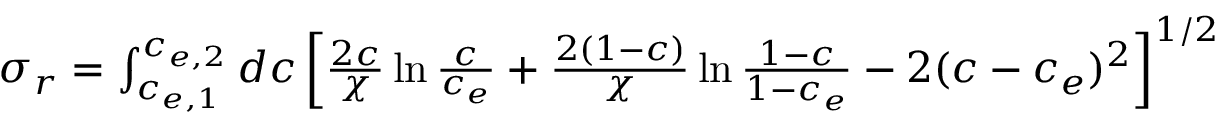
\begin{array} { r } { \sigma _ { r } = \int _ { c _ { e , 1 } } ^ { c _ { e , 2 } } d c \left[ \frac { 2 c } { \chi } \ln \frac { c } { c _ { e } } + \frac { 2 ( 1 - c ) } { \chi } \ln \frac { 1 - c } { 1 - c _ { e } } - 2 ( c - c _ { e } ) ^ { 2 } \right] ^ { 1 / 2 } } \end{array}